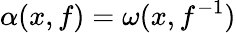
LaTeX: \alpha(x,f)=\omega(x,f^{-1})